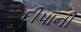
દીપાની